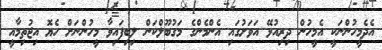
އެދެމީހުންނަކީ އެމީހުން ދިރިއުޅޭ އަވަށުގައި އެންމެންގެ މަގުބޫލްކަން ލިބިފައިވާ މީހުންނަށް ހެޔޮ އިޖުތިމާއީ